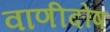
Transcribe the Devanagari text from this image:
वाणीदोष